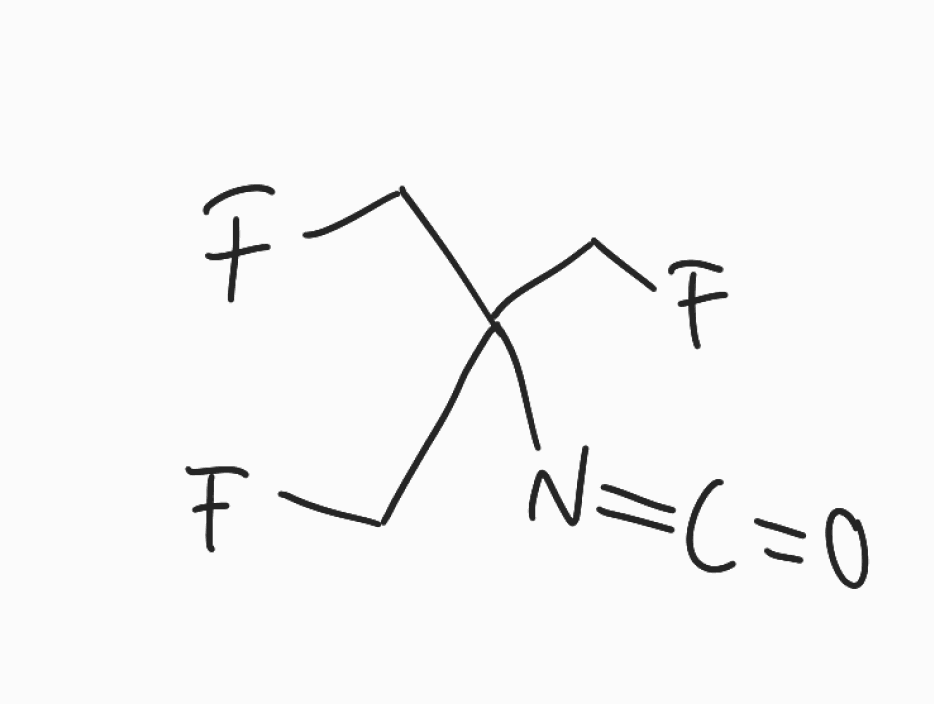
Simplified molecular-input line-entry system (SMILES) notation of the given molecule:
C(C(CF)(CF)N=C=O)F